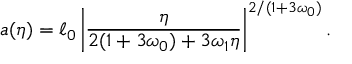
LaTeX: a ( \eta ) = \ell _ { 0 } \left| \frac { \eta } { 2 ( 1 + 3 \omega _ { 0 } ) + 3 \omega _ { 1 } \eta } \right| ^ { 2 / ( 1 + 3 \omega _ { 0 } ) } .